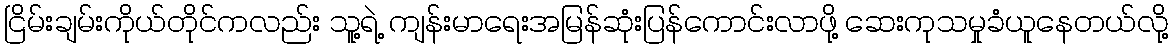
ငြိမ်းချမ်းကိုယ်တိုင်ကလည်း သူ့ရဲ့ ကျန်းမာရေးအမြန်ဆုံးပြန်ကောင်းလာဖို့ ဆေးကုသမှုခံယူနေတယ်လို့